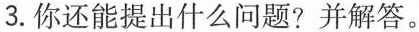
3.你还能提出什么问题?并解答。